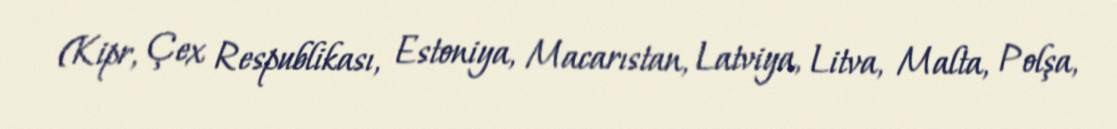
(Kipr, Çex Respublikası, Estoniya, Macarıstan, Latviya, Litva, Malta, Polşa,